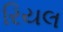
રિયલ